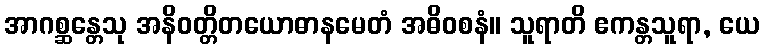
အာဂစ္ဆန္တေသု အနိဝတ္တိတယောဓာနမေတံ အဓိဝစနံ။ သူရာတိ ဧကန္တသူရာ, ယေ